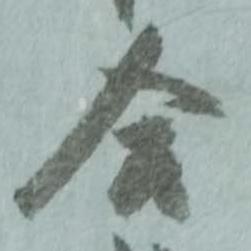
合